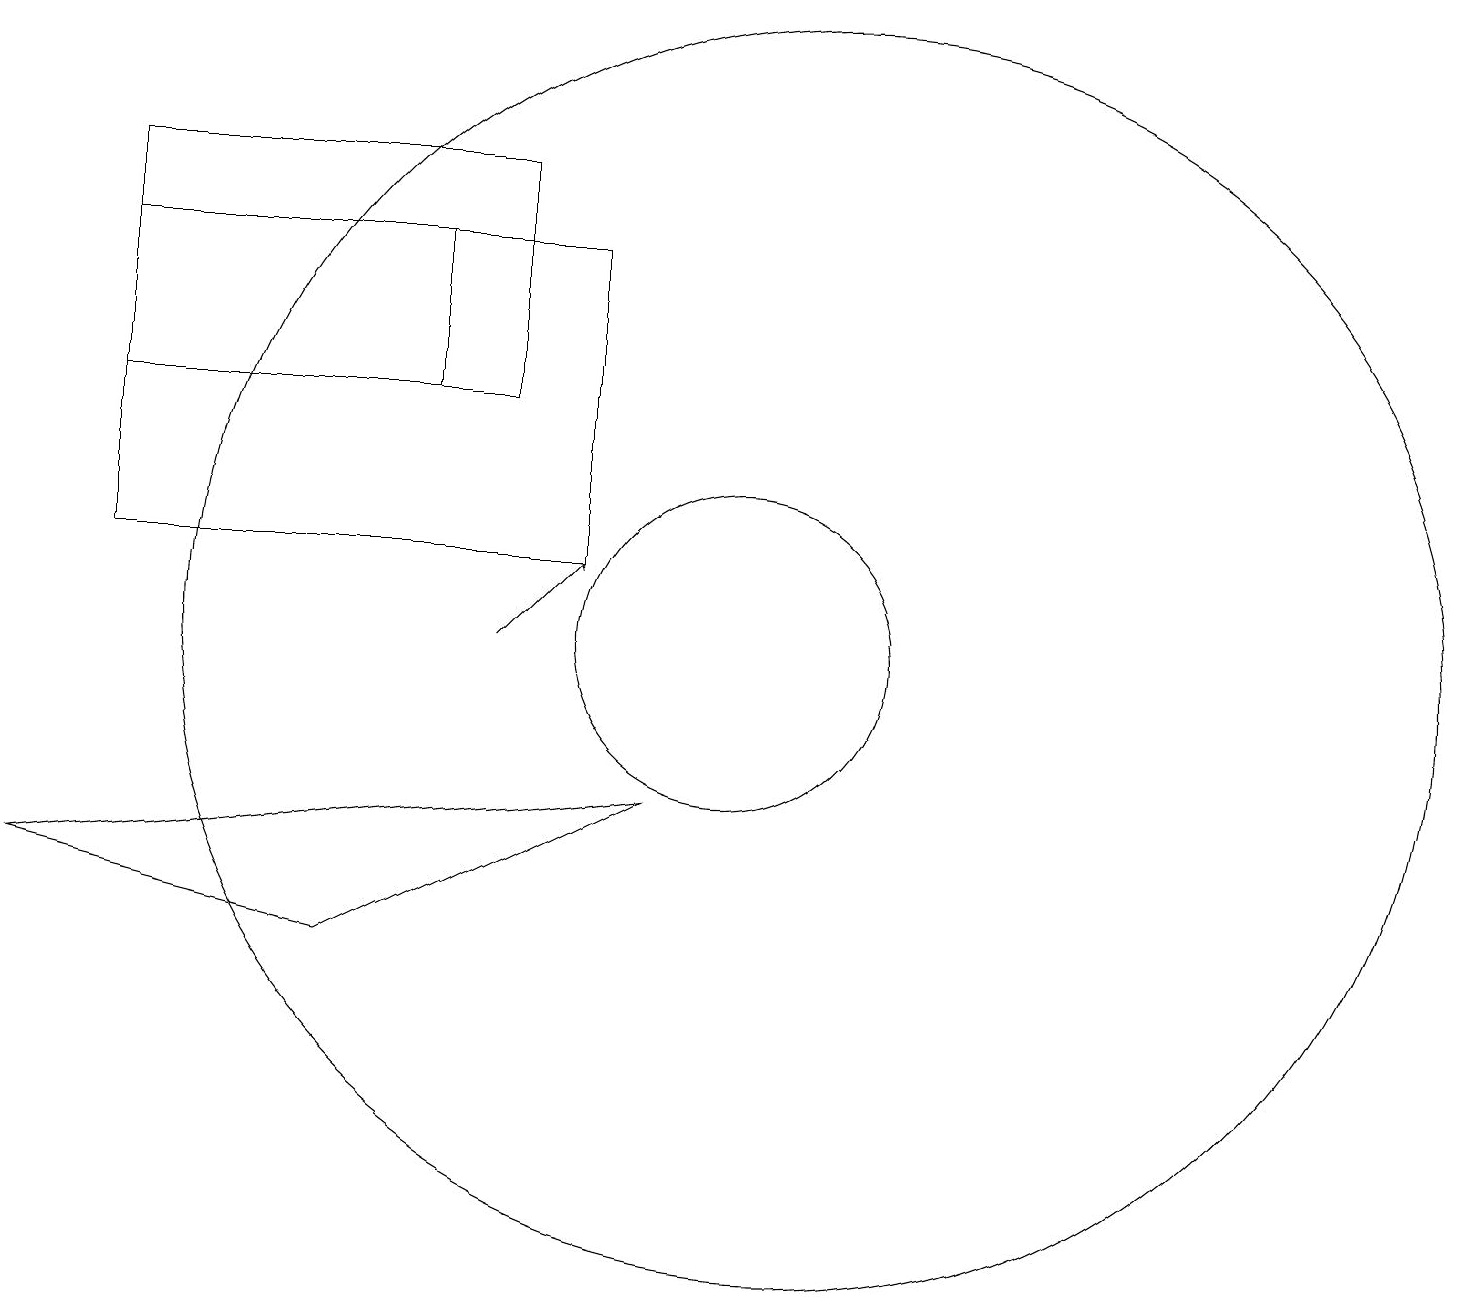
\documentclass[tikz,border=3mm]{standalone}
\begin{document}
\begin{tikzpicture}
\draw (7,13) rectangle (2,16);
\draw (9,8) -- (1,7) -- (5,6) -- cycle;
\draw (10,10) circle (2);
\draw (11,10) circle (8);
\draw (8,15) rectangle (2,11);
\draw (2,13) rectangle (6,15);
\draw[->] (7,10) -- (8,11);
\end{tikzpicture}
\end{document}